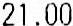
21.00